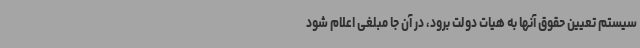
سیستم تعیین حقوق آنها به هیات دولت برود، در آن جا مبلغی اعلام شود